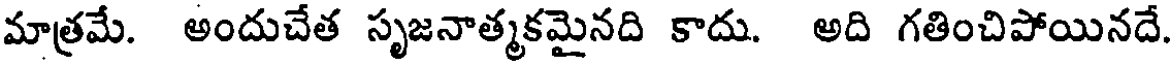
మాత్రమే. అందుచేత సృజనాత్మకమైనది కాదు. అది గతించిపోయినదే.